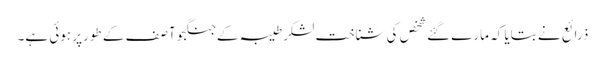
ذرائع نے بتایا کہ مارےگئے شخص کی شناخت لشکرطیبہ کےجنگجو آصف کے طورپر ہوئی ہے۔